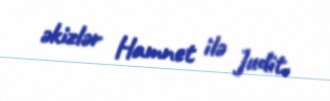
əkizlər Hamnet ilə Judit.